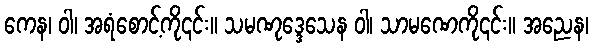
ကေန၊ ဝါ၊ အရံစောင့်ကို၎င်း။ သမဏုဒ္ဒေသေန ဝါ၊ သာမဏေကို၎င်း။ အညေန၊